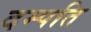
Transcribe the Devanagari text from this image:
दम्‍पति